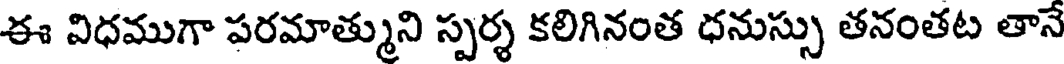
ఈ విధముగా పరమాత్ముని స్పర్శ కలిగినంత ధనుస్సు తనంతట తానే